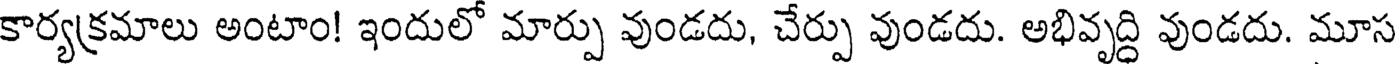
కార్యక్రమాలు అంటాం! ఇందులో మార్పు వుండదు, చేర్పు వుండదు. అభివృద్ది వుండదు. మూస